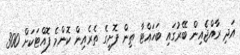
އަދި ރާއްޖެއިން ބޭރުގައި ބަހައްޓާ ތިން ފޮށީގެ ތެރެއިން ކޮންމެ ފޮއްޓަކަށް 300